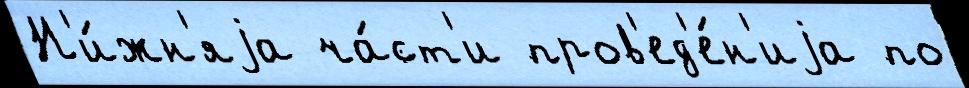
Н'и́жн'яjа ча́ст'и пров'ед'е́н'иjа по